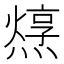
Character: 𤏂